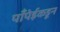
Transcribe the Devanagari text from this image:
पाँपेईकडून